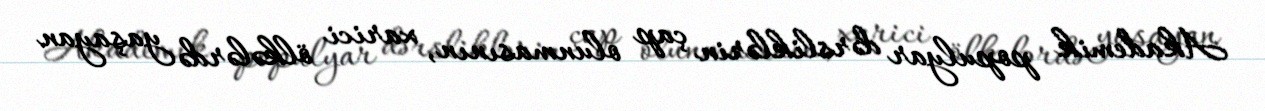
Akademik populyar dərsliklərin çap olunmasının, xarici ölkələrdə yaşayan